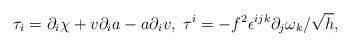
LaTeX: \begin{align*}\tau_i=\partial_i\chi +v\partial_ia-a\partial_iv,\;\tau^i=-f^2\epsilon^{ijk}\partial_j\omega_k/\sqrt{h},\end{align*}